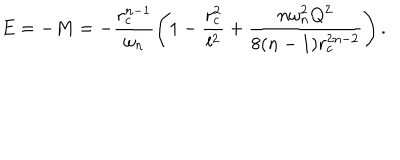
LaTeX: E = - M = - \frac { r _ { c } ^ { n - 1 } } { \omega _ { n } } \left( 1 - \frac { r _ { c } ^ { 2 } } { l ^ { 2 } } + \frac { n \omega _ { n } ^ { 2 } Q ^ { 2 } } { 8 ( n - 1 ) r _ { c } ^ { 2 n - 2 } } \right) .